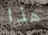
هذا